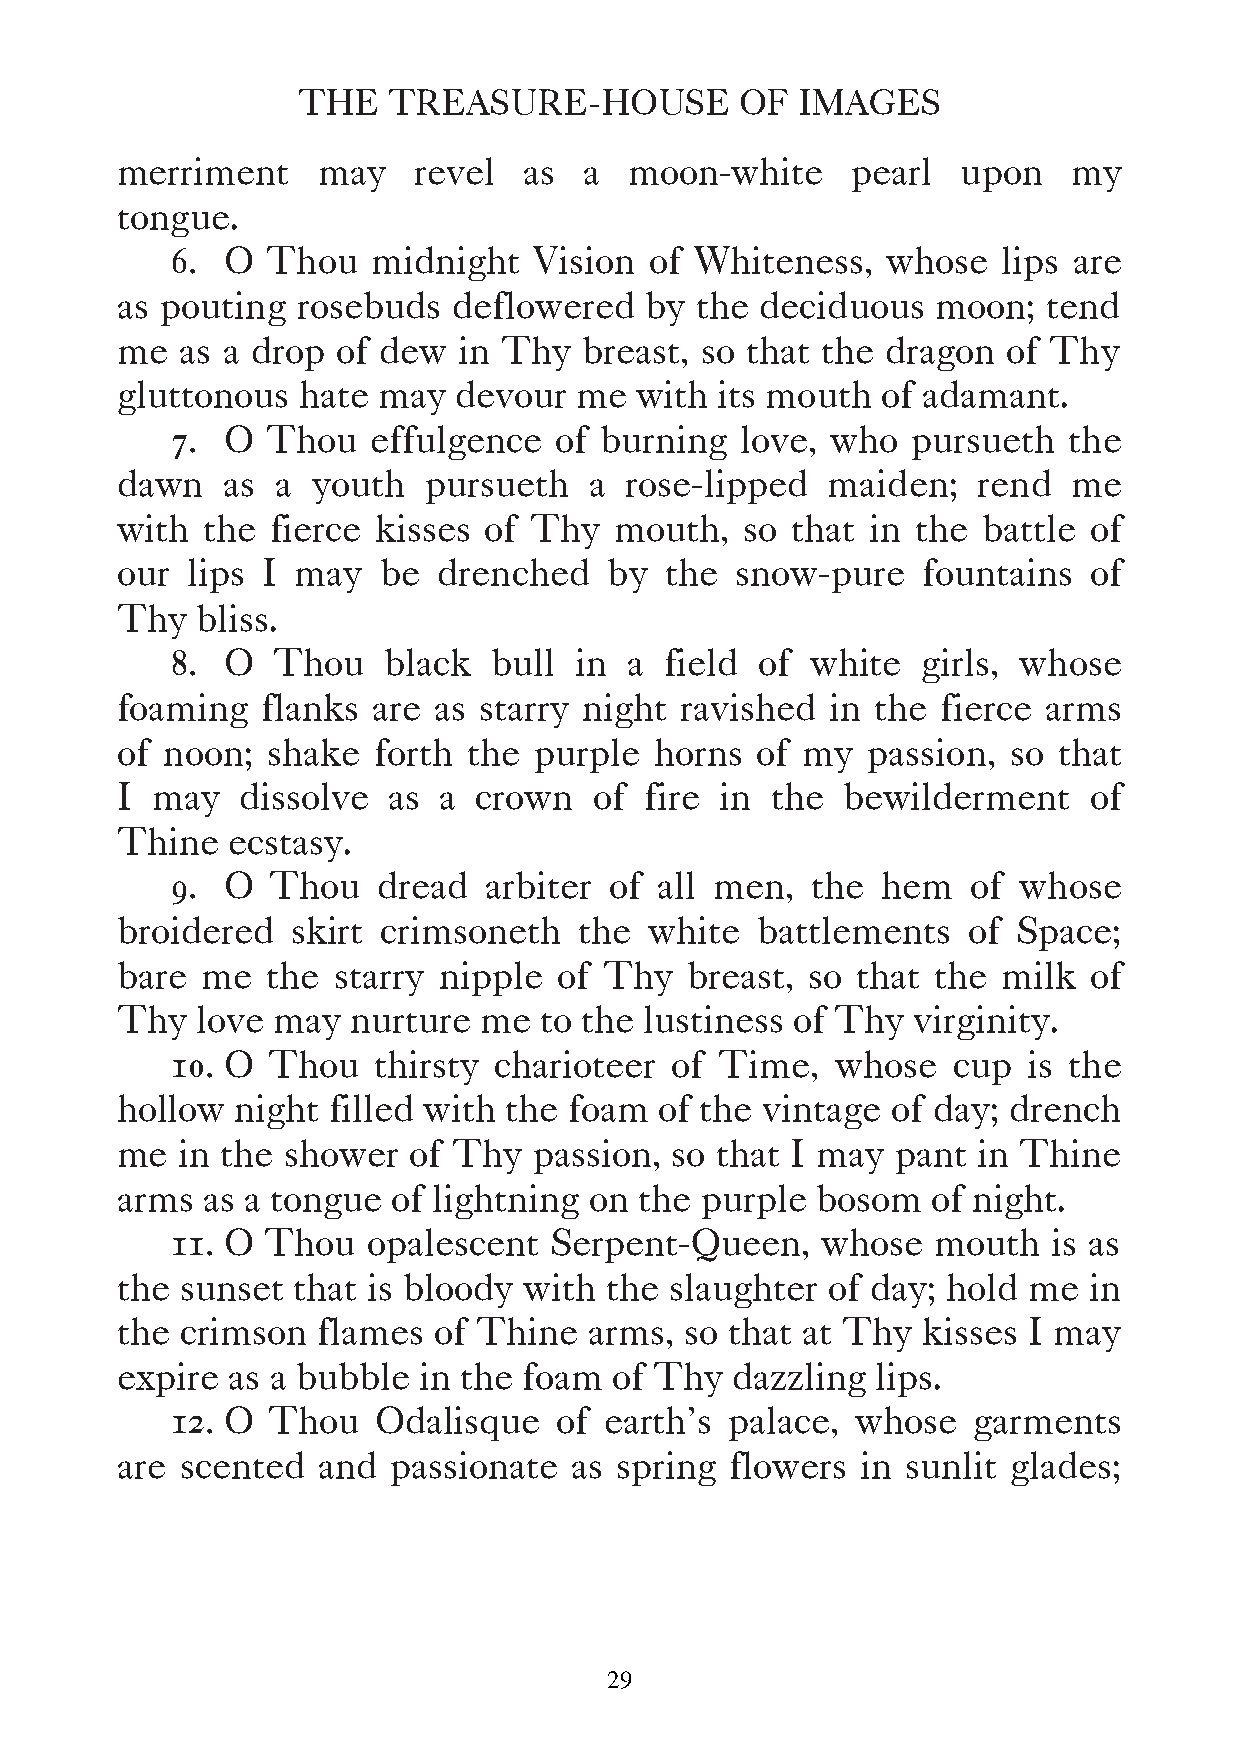
THE   TREASURE-HOUSE         OF  IMAGES
 merriment    may   revel   as  a  moon-white    pearl   upon   my
 tongue.
 6.  O  Thou   midnight  Vision  of Whiteness,   whose  lips are
 as pouting  rosebuds  deflowered   by the deciduous   moon;  tend
 me  as a drop of dew  in Thy   breast, so that the dragon  of Thy
 gluttonous  hate may  devour  me  with  its mouth of adamant.
 7.  O  Thou   effulgence  of burning  love, who  pursueth   the
 dawn   as a  youth  pursueth   a rose-lipped   maiden;   rend  me
 with the  fierce kisses of Thy   mouth,  so that  in the battle of
 our lips I  may  be  drenched   by  the  snow-pure   fountains  of
 Thy  bliss.
 8.  O  Thou   black   bull in  a field of  white  girls, whose
 foaming  flanks  are as starry night ravished  in the fierce arms
 of noon;  shake  forth the purple  horns  of my  passion,  so that
 I may   dissolve  as a  crown  of  fire in the  bewilderment    of
 Thine  ecstasy.
 9.  O  Thou   dread  arbiter of  all men,  the hem   of  whose
 broidered  skirt crimsoneth   the  white  battlements   of Space;
 bare me   the starry nipple  of Thy  breast, so  that the milk  of
 Thy  love may  nurture  me  to the lustiness of Thy virginity.
 10. O  Thou   thirsty charioteer of  Time,  whose   cup  is the
 hollow  night filled with the foam  of the vintage of day; drench
 me  in the shower  of Thy  passion, so that I may  pant  in Thine
 arms as a tongue  of lightning on the purple  bosom   of night.
 11. O  Thou  opalescent  Serpent-Queen,    whose   mouth   is as
 the sunset that is bloody  with the slaughter  of day; hold me  in
 the crimson  flames  of Thine  arms, so that at Thy  kisses I may
 expire as a bubble  in the foam  of Thy  dazzling lips.
 12. O  Thou   Odalisque   of earth’s palace,  whose  garments
 are scented  and  passionate  as spring flowers  in sunlit glades;
 29